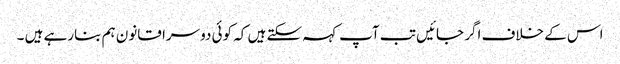
اس کے خلاف اگر جائیں تب آپ کہہ سکتے ہیں کہ کوئی دوسرا قانون ہم بنارہے ہیں ۔